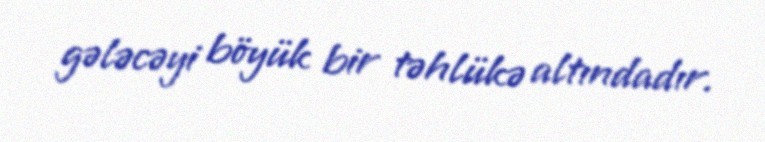
gələcəyi böyük bir təhlükə altındadır.